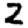
Digit: 2